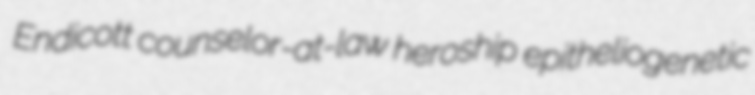
Endicott counselor-at-law heroship epitheliogenetic